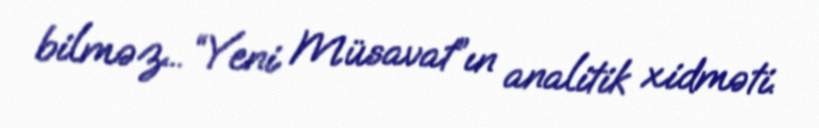
bilməz... “Yeni Müsavat”ın analitik xidməti.